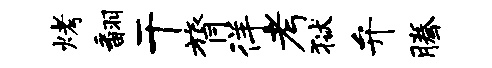
烤翻干膂徉考狱弁腾